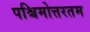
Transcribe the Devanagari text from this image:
पश्चिमोत्तरतम